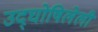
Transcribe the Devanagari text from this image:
उद्‌घोषिलेली